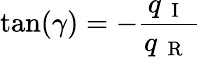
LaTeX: \tan(\gamma)=-\frac{q_{\mathrm{~{~I~}~}}}{q_{\mathrm{~{~R~}~}}}